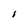
Character: I